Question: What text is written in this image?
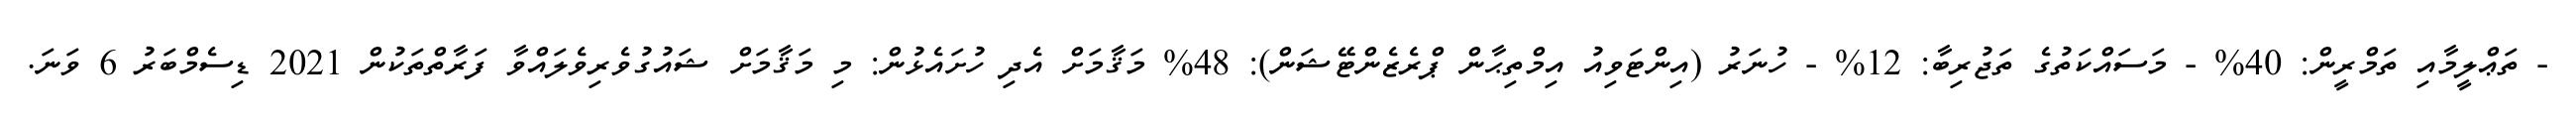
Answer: - ތަޢްލީމާއި ތަމްރީން: 40% - މަސައްކަތުގެ ތަޖުރިބާ: 12% - ހުނަރު (އިންޓަވިއު އިމްތިޙާން ޕްރެޒެންޓޭޝަން): 48% މަޤާމަށް އެދި ހުށައެޅުން: މި މަޤާމަށް ޝައުގުވެރިވެލައްވާ ފަރާތްތަކުން 2021 ޑިސެމްބަރު 6 ވަނަ.